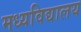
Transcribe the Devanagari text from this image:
मध्यविद्यालय